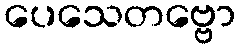
ပေသေတဗ္ဗော